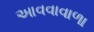
આવવાવાળા